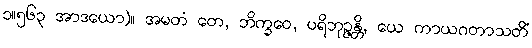
၁။၅၆၃ အာဒယော)။ အမတံ တေ, ဘိက္ခဝေ, ပရိဘုဉ္ဇန္တိ, ယေ ကာယဂတာသတိံ